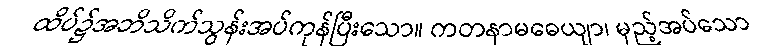
ထိပ်၌အဘိသိက်သွန်းအပ်ကုန်ပြီးသော။ ကတနာမဓေယျာ၊ မှည့်အပ်သော